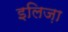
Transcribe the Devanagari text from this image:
इलिज़ा